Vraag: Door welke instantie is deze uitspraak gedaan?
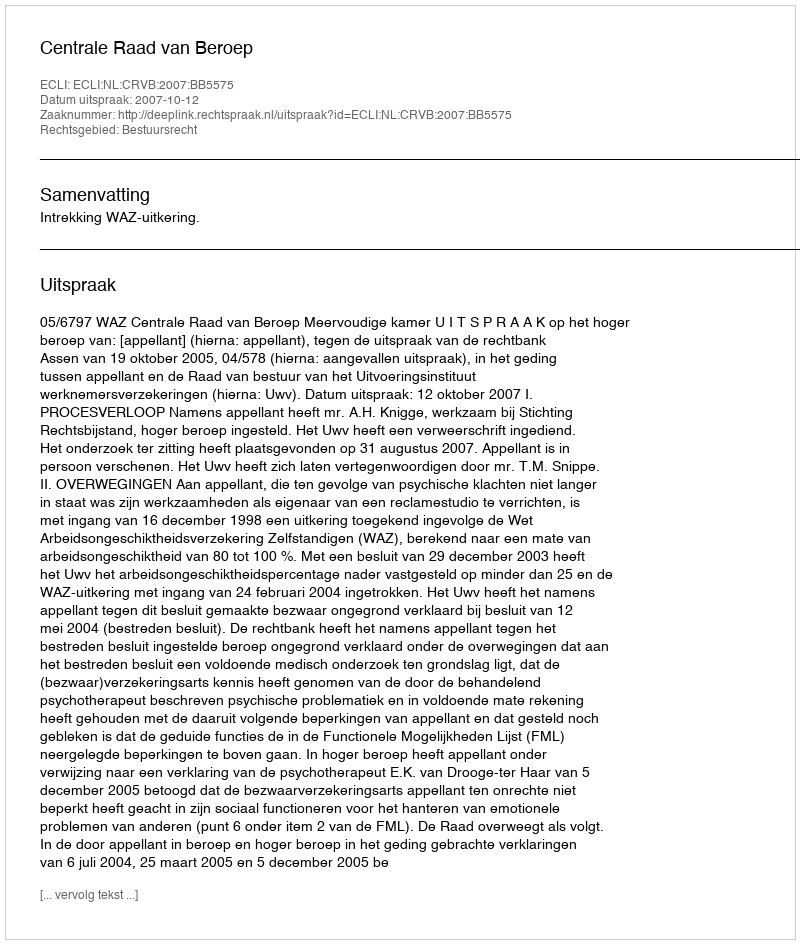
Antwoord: Centrale Raad van Beroep